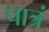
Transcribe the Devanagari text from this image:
पात्रं